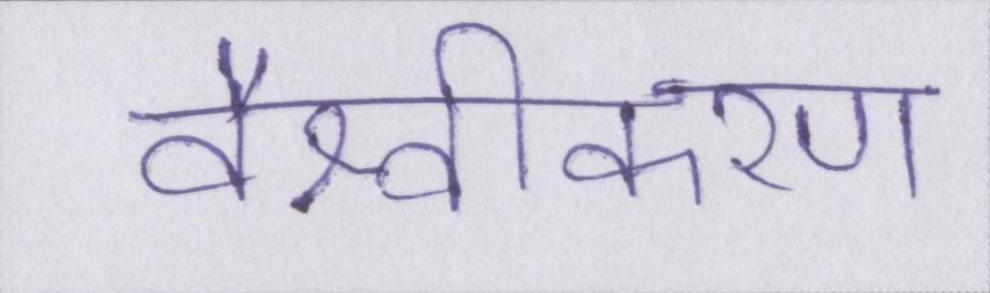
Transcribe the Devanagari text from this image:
वैश्वीकरण